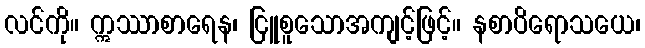
လင်ကို။ ဣဿာစာရေန၊ ငြူစူသောအကျင့်ဖြင့်။ နစာပိရောသယေ၊